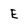
Character: E